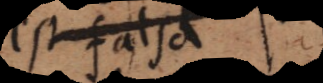
est falsa.